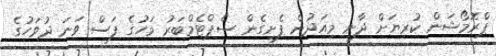
ޕްރޮމޯޝަން ކުރިޔަށް ދާނީ މިއަދުން ފެށިގެން ސެޕްޓެމްބަރު މަހުގެ ފަސް ވަނަ ދުވަހުގެ